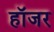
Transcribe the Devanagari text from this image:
हॉजर